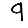
Digit: 9